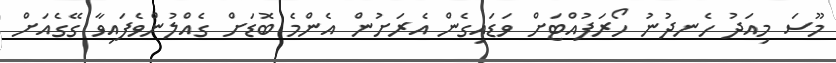
މޫސަ މިއަދު ހެނދުނު ހޯރަފުއްޓަށް ވަޑައިގެން އެރަށުން އެންމެ ބޮޑަށް ގެއްލުންވެފައިވާ ގޭގެއަށް